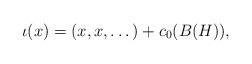
LaTeX: \begin{align*}\iota (x) = (x,x,\dots) + c_0(B(H)),\end{align*}